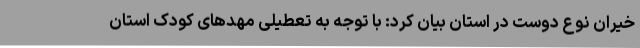
خیران نوع دوست در استان بیان کرد: با توجه به تعطیلی مهدهای کودک استان